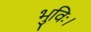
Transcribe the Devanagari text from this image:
भुविः।